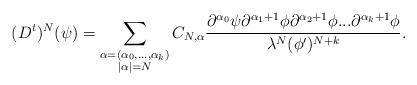
LaTeX: \begin{align*} (D^t)^N(\psi) = \sum_{\substack{\alpha = (\alpha_0, ..., \alpha_k)\\|\alpha| = N}} C_{N, \alpha} \frac{\partial^{\alpha_0}\psi \partial^{\alpha_1+1}\phi \partial^{\alpha_2+1}\phi ... \partial^{\alpha_k+1}\phi}{\lambda^N(\phi')^{N+k}}. \end{align*}